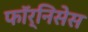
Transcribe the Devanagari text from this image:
फॉर्निसेस